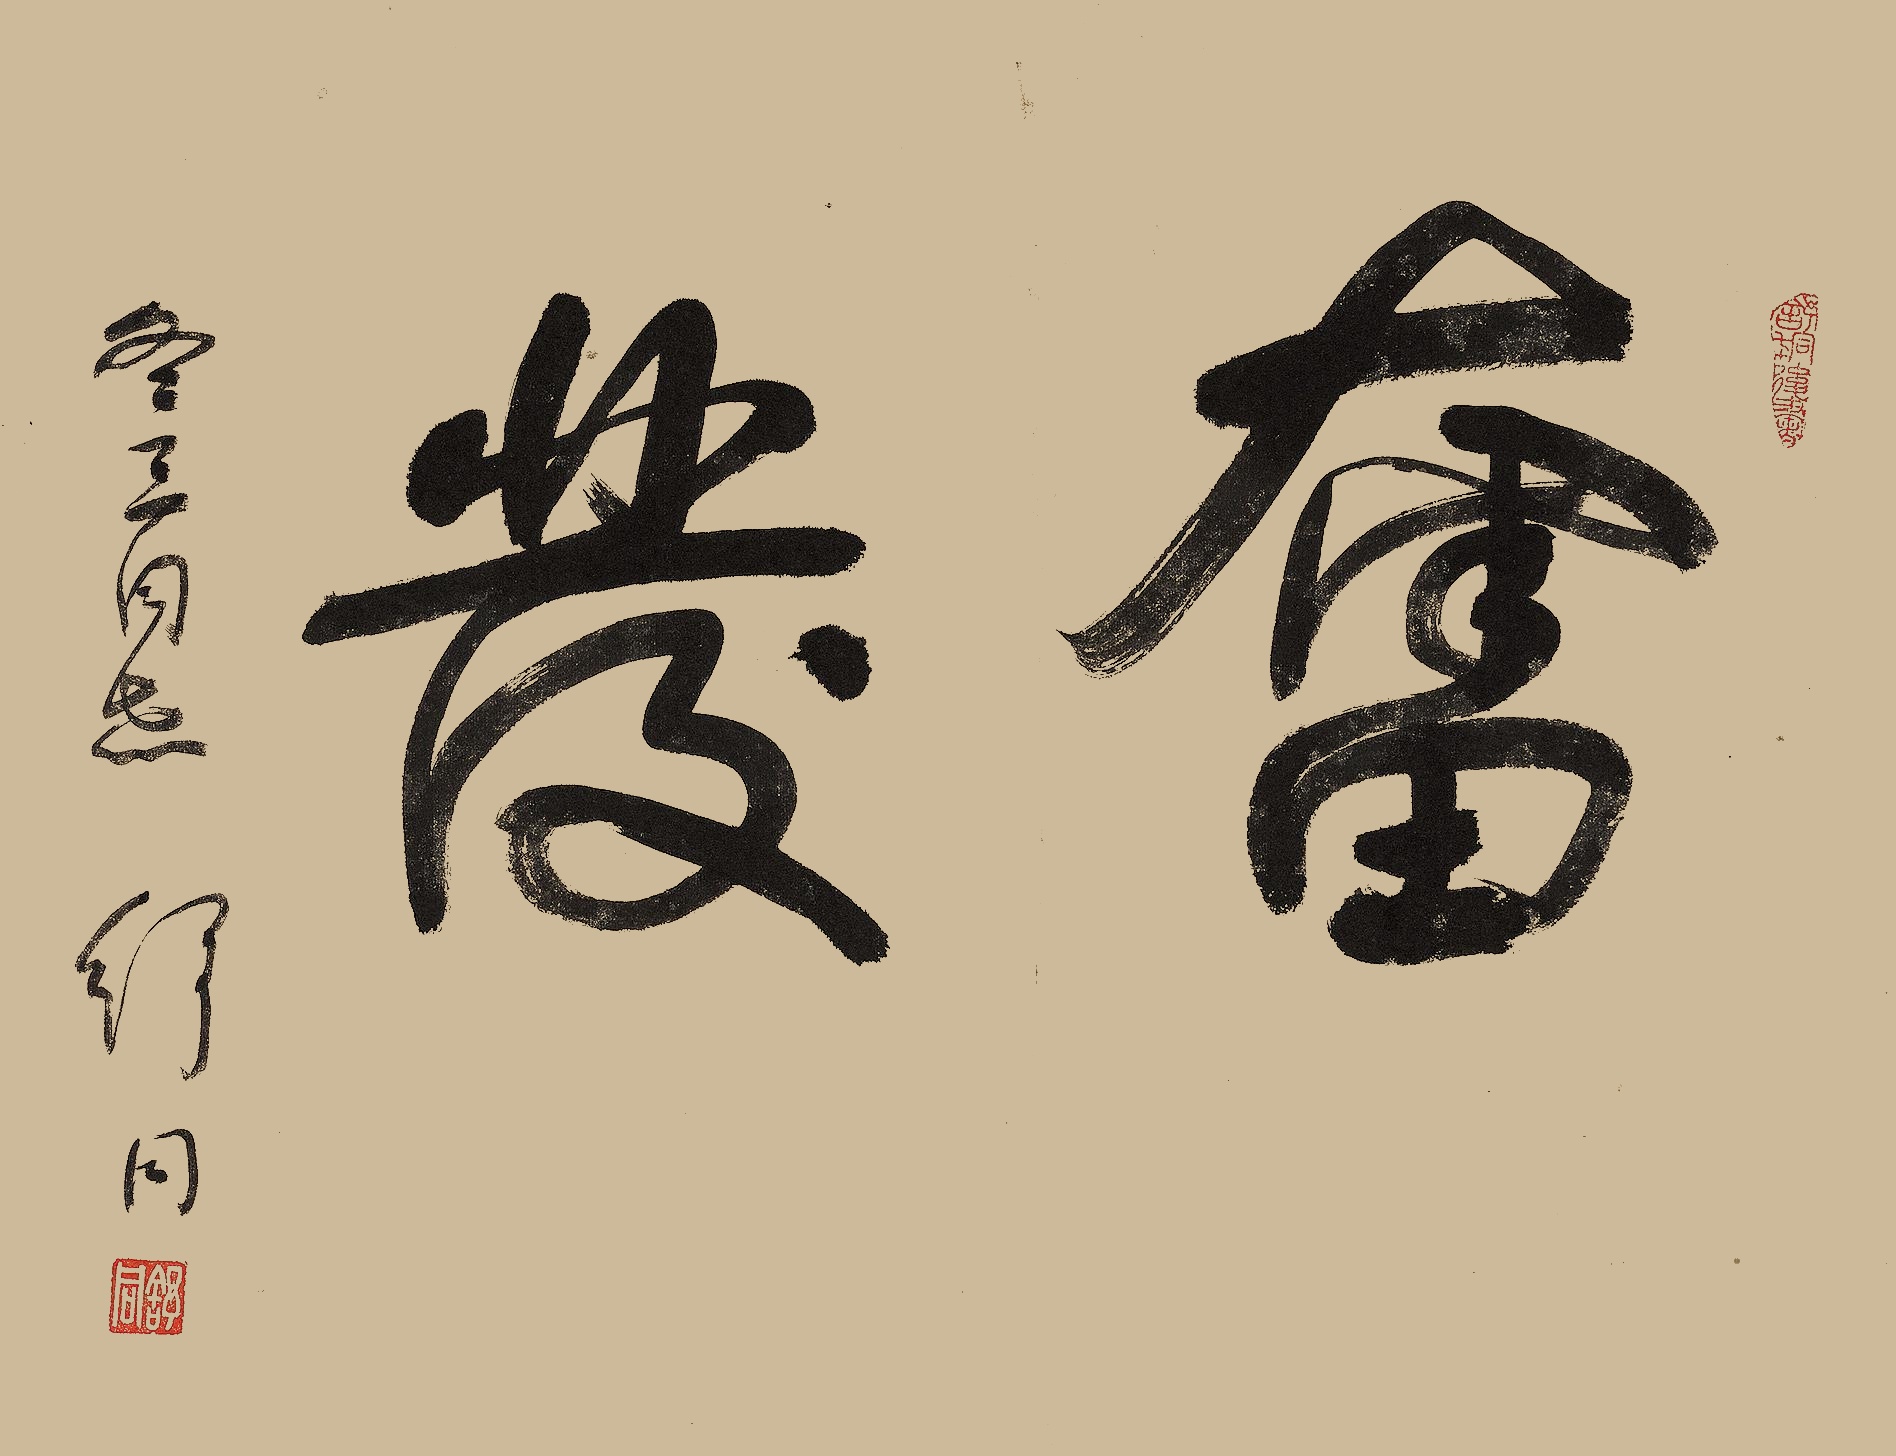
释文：奋发。冬三同志，舒同。